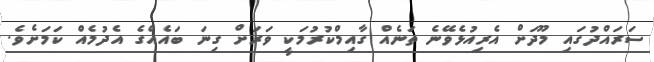
ސަރައްދުގައި މޫދަށް އެރިއުޅެވޭނެ ތަނެއް ގާއިމްކުރުމަކީ ވަރަށް ގިނަ ބައެއްގެ އެދުމެއް ކަމަށެވެ.